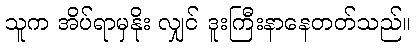
သူက အိပ်ရာမှနိုး လျှင် ဒူးကြီးနာနေတတ်သည်။